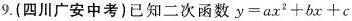
9.(四川广安中考)已知二次函数$$y=ax^{2}+bx+c$$